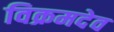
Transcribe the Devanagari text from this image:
विक्रमदेव